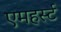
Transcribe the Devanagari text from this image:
एमहर्स्‍ट